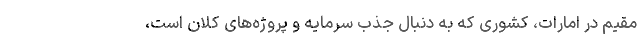
مقیم در امارات، کشوری که به دنبال جذب سرمایه و پروژه‌های کلان است،